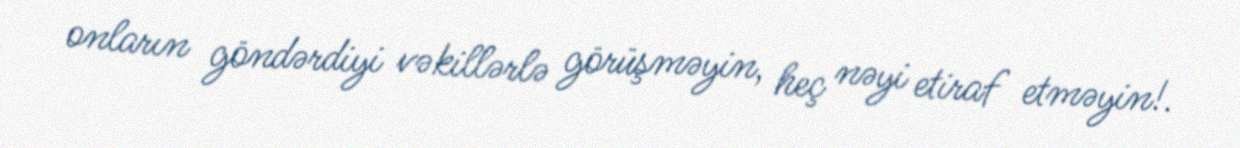
onların göndərdiyi vəkillərlə görüşməyin, heç nəyi etiraf etməyin!.